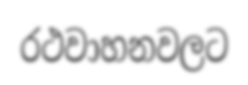
රථවාහනවලට